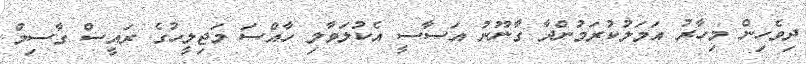
ދިވެހިން މިހާރު އަމަލުކުރަމުންދާ ގާނޫނު އަސާސީ އެކުލަވާލި ހާއްސަ މަޖިލީހުގެ ރައީސް ގާސިމް